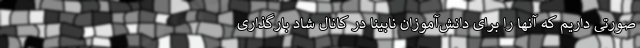
صورتی داریم که آنها را برای دانش‌آموزان نابینا در کانال شاد بارگذاری